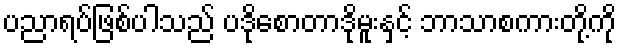
ပညာရပ်ဖြစ်ပါသည် ပဒိုစောတာဒိုမူးနှင့် ဘာသာစကားတို့ကို